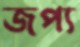
জপ্য